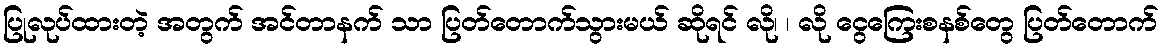
ပြုလုပ်ထားတဲ့ အတွက် အင်တာနက် သာ ပြတ်တောက်သွားမယ် ဆိုရင် လို၊ ၊ လို ငွေကြေးစနစ်တွေ ပြတ်တောက်